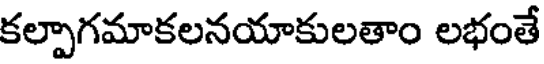
కల్పాగమాకలనయాకులతాం లభంతే